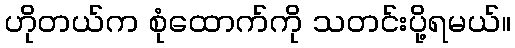
ဟိုတယ်က စုံထောက်ကို သတင်းပို့ရမယ်။